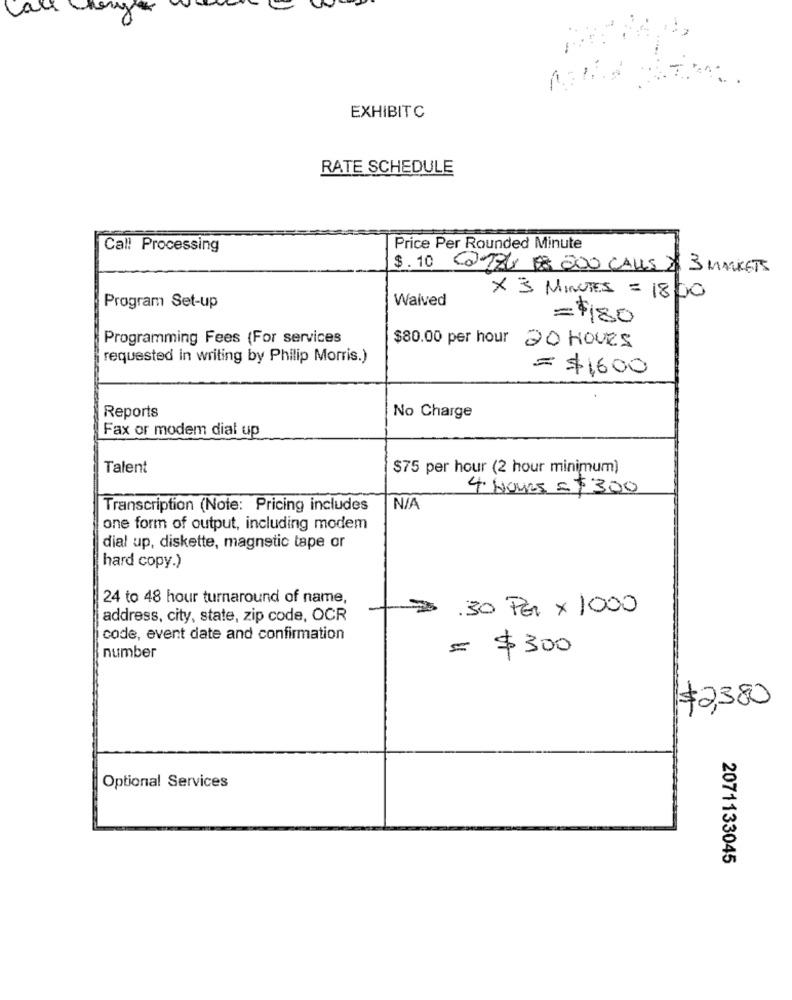
EXHIBITC
RATE SCHEDULE
Call Processing
Price Per Rounded Minute
$.10 018 8 800 CALLS $ 3 MARKETS
Waived
X 3 MINUTES = 18:00
Program Set-up
= $180
Programming Fees (For services
$80.00 per hour 20 HOURS
requested in writing by Philip Morris.)
= $1600
Reports
No Charge
Fax or modem dial up
Talent
$75 per hour (2 hour minimum)
4 HOURS = $ 300
Transcription (Note: Pricing includes
NIA
one form of output, including modem
dial up, diskette, magnetic tape or
hard copy.)
24 to 48 hour turnaround of name,
.30 PER x 1000
address, city, state, zip code, OCR
code, event date and confirmation
= $300
number
$2,380
Optional Services
2071133045